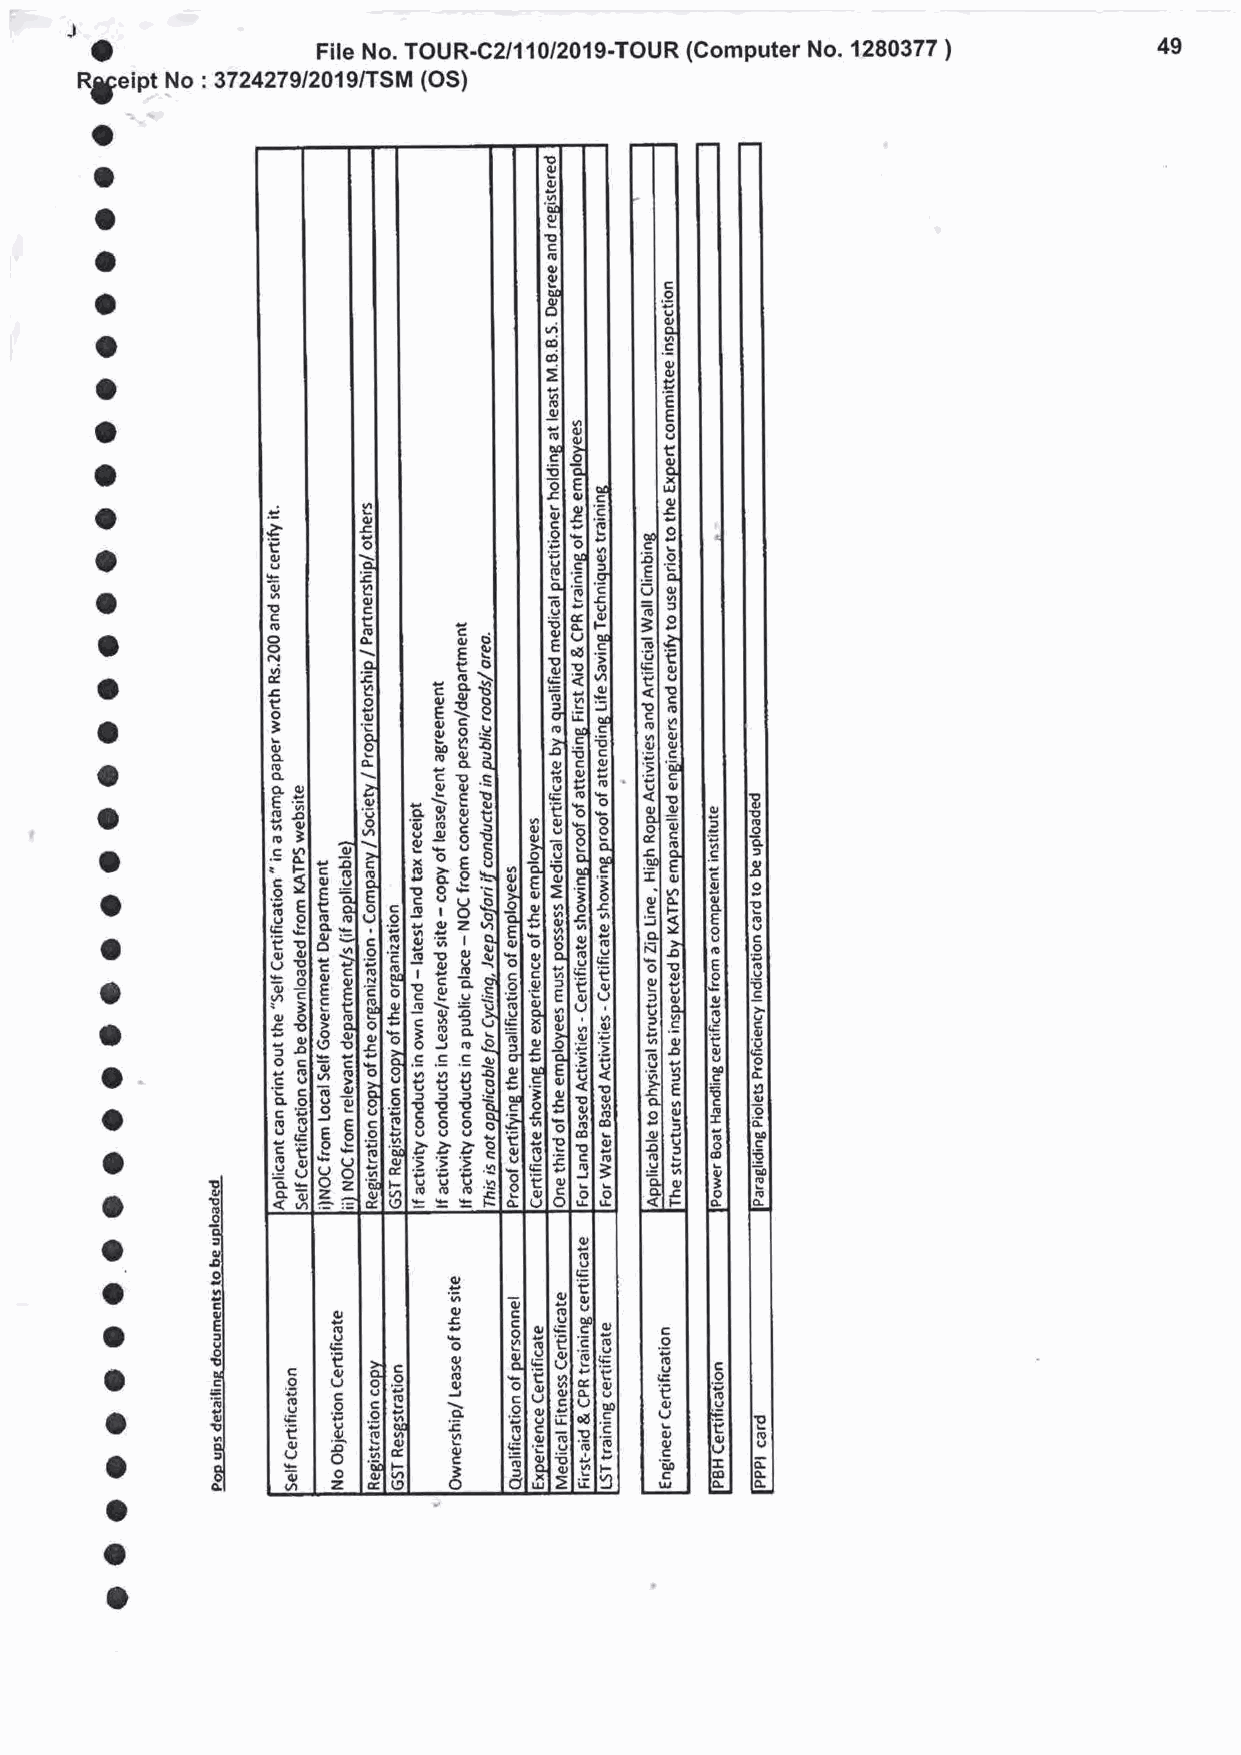
a              File No. TOUR-C2/11012019-TOUR (Computer No. 1280377 )  49
 Rgeint No :3724279/2019/TSM (OS)
 a
 o
 o
 o
 a
 o
 o
 o
 t
 o                                     0ox).
 lr,
 o           2     Il                  c0,
 0rl
 E     EI                  o
 o           E     ot
 g     -o1J                o
 o           g     =etl                cC ,L
 ol
 t,    rcll                of
 a          o oE  a6 ll 6ol           E
 rY    l-oll FSI           E
 O
 IEd    l l=
 e
 E !OUJ
 a           t o B l | o .0, E EEI   t c o o g
 o     I t 9o,J           ,0,,
 o          loo oo-
 ol
 l td
 ;
 Eg
 8
 ;i ll
 E
 _E
 o          I loE  1.9
 -ol
 oill
 g{EH
 o         IE yll dol:
 It A F1 2 L06t r)
 o
 o o       l l l IIo oo Er v E o loE o c rl( :sB =, IE -c (9 !1l E - u *e 5 E aI t 12o5 6l $i EI JGc' Y
 aa        l l los !, ! t Tq o o c o o3 },l l l I l l
 l
 Io o >
 O
 (: e E ,bo
 t
 Eb o o oII HE . sG oc o o o! o ; t -o Ec g \ =E IE !(o !u 1 lE l 3= uS t5. l ! .) ( Io o
 E
 ou
 o o-      l IlE E: . EoC u c oo l 1 I- t6s E o E,l Il€ B: .o o c 9, . 1e6 9 :E ,v 9 ,r9 ,o 9 Lh ! X =o !, 6g o .g -p . Eo
 o
 l
 I
 l8
 3r
 El( oDJl
 l
 lr *Ec
 u!
 l€
 'e
 o&
 E >.>E .>E -O:"
 o      o roll l l l lI= a o< =L orl l( eJ 7a IE E F (9- :!9 o- *PU -r *U F(oh (!':
 6l
 ol
 ol
 o      !l
 ot
 .ol
 o      ;oll            Eo
 EI      o       co
 o      ErlI    o                 o   c
 U oI l          o         o   .o E
 o o    =! i E o Ul J ll II .c o9 E L .a 9), .o o u c e ,c o (u ! J( t A ou ! ) , E ( o CU I E( I ao )
 o      ' Cl E: 8r lJ Il l =QE oCJ t o 2A o)) . ee oo! ,l & F I (o o A -t , ao c 3 ) ddEli ' 9Fo w0o c o c) !
 o
 o
 o